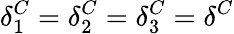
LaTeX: \delta_{1}^{C}=\delta_{2}^{C}=\delta_{3}^{C}=\delta^{C}